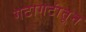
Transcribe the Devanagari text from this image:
गटागटांतून